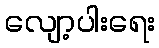
လျော့ပါးရေး